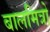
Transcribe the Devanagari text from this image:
बालमित्रो